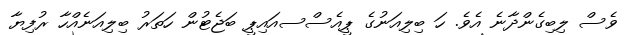
ވެސް ލިބިގެންދާނެ އެވެ. ހަ ބިލިއަނުގެ ޕީއެސްސއައިޕީ ބަޖެޓުން ހަތަރު ބިލިއަނެއްހާ ރުފިޔާ